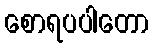
စောရပပါတော